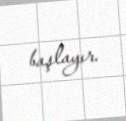
başlayır.